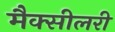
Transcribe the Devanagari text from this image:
मैक्सीलरी